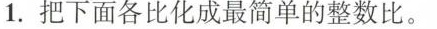
1.把下面各比化成最简单的整数比。